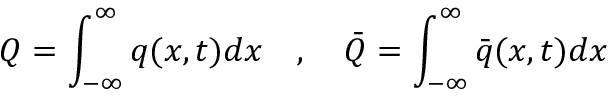
Q = \int _ { - \infty } ^ { \infty } q ( x , t ) d x \quad , \quad \bar { Q } = \int _ { - \infty } ^ { \infty } \bar { q } ( x , t ) d x